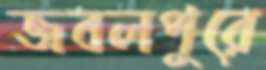
জবলপুরে